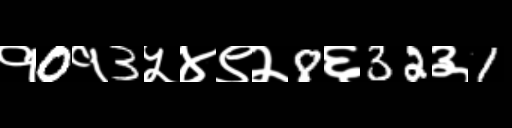
Text: १0१3५४९२8६32३1